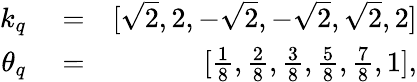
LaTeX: \begin{array}{rlr}{k_{q}}&{{}=}&{[\sqrt{2},2,-\sqrt{2},-\sqrt{2},\sqrt{2},2]}\\ {\theta_{q}}&{{}=}&{[\frac{1}{8},\frac{2}{8},\frac{3}{8},\frac{5}{8},\frac{7}{8},1],}\end{array}